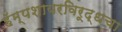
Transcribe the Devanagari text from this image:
हॅम्पशायरविरूद्धचा